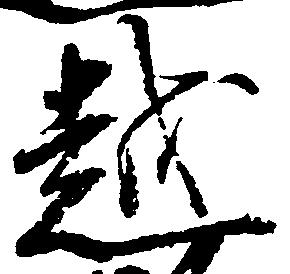
越